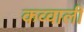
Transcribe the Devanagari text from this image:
कव्‍वाली